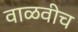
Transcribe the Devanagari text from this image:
वाळवीच